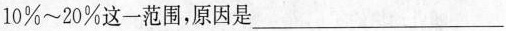
10%~20%这一范围，原因是___